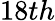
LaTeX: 18th